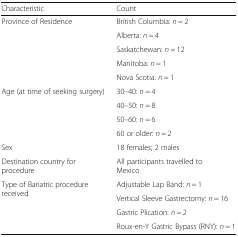
<table><thead><tr><td><b>Characteristic</b></td><td><b>Count</b></td></tr></thead><tbody><tr><td rowspan="5">Province of Residence</td><td>British Columbia: <i>n</i> = 2</td></tr><tr><td>Alberta: <i>n</i> = 4</td></tr><tr><td>Saskatchewan: <i>n</i> = 12</td></tr><tr><td>Manitoba: <i>n</i> = 1</td></tr><tr><td>Nova Scotia: <i>n</i> = 1</td></tr><tr><td rowspan="4">Age (at time of seeking surgery)</td><td>30–40: <i>n</i> = 4</td></tr><tr><td>40–50: <i>n</i> = 8</td></tr><tr><td>50–60: <i>n</i> = 6</td></tr><tr><td>60 or older: <i>n</i> = 2</td></tr><tr><td>Sex</td><td>18 females; 2 males</td></tr><tr><td>Destination country for procedure</td><td>All participants travelled to Mexico</td></tr><tr><td rowspan="4">Type of Bariatric procedure received</td><td>Adjustable Lap Band: <i>n</i> = 1</td></tr><tr><td>Vertical Sleeve Gastrectomy: <i>n</i> = 16</td></tr><tr><td>Gastric Plication: <i>n</i> = 2</td></tr><tr><td>Roux-en-Y Gastric Bypass (RNY): <i>n</i> = 1</td></tr></tbody></table>